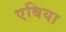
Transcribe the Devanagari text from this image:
एबिया